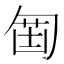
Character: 𠣲